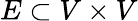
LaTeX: E\subset V\times V